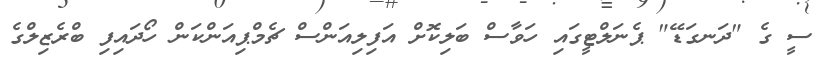
ސީ ގެ "ދަނގަޑޭ" ޕެނަލްޓީގައި ހަވާސް ބަލިކޮށް އަފިލިއަންސް ޗެމްޕިއަންކަން ހޯދައިފި ބްރެޒިލްގެ